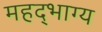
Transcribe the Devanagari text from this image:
महद्‌भाग्य